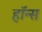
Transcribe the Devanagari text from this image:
हॉन्स